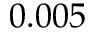
0 . 0 0 5